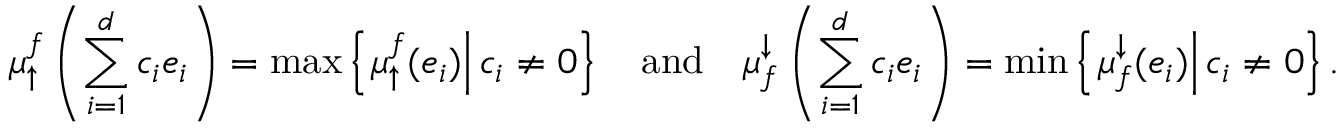
\mu _ { \uparrow } ^ { f } \left( \sum _ { i = 1 } ^ { d } c _ { i } e _ { i } \right) = \operatorname* { m a x } \left\{ \left. \mu _ { \uparrow } ^ { f } ( e _ { i } ) \right| c _ { i } \neq 0 \right\} \quad \mathrm { a n d } \quad \mu _ { f } ^ { \downarrow } \left( \sum _ { i = 1 } ^ { d } c _ { i } e _ { i } \right) = \operatorname* { m i n } \left\{ \left. \mu _ { f } ^ { \downarrow } ( e _ { i } ) \right| c _ { i } \neq 0 \right\} .